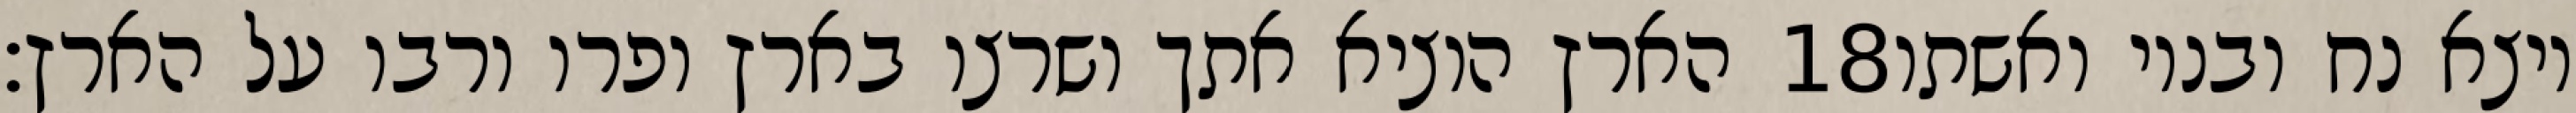
הארץ הוציא אתך ושרצו בארץ ופרו ורבו על הארץ׃ ‎18‏ ויצא נח ובניו ואשתו